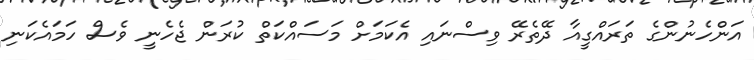
އަންހެނުންގެ ތަރައްގީއާ ދޭތެރޭ ވިސްނައި އެކަމަށް މަސައްކަތް ކުރަން ޖެހެނީ ވެސް ހަމައެކަނި